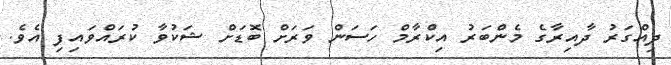
ދިއްގަރު ދާއިރާގެ މެންބަރު އިކްރާމް ހަސަން ވަރަށް ބޮޑަށް ޝަކުވާ ކުރައްވައިފި އެވެ.